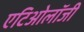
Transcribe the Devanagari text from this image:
एटिओलॉजी